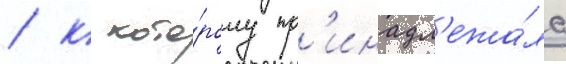
/ к кото́рому пр'инадл'ежа́ла